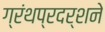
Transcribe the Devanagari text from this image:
ग्रंथप्रदर्शने